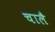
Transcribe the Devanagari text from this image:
चालै